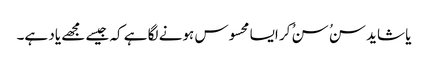
یا شاید سنُ سنُ کر ایسا محسوس ہونے لگا ہے کہ جیسے مجھے یاد ہے۔